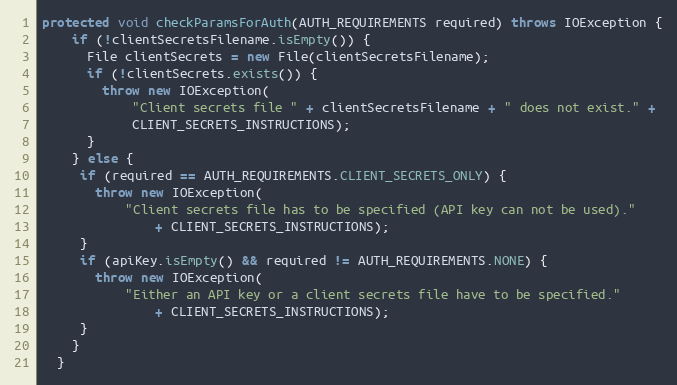
Language: Java
protected void checkParamsForAuth(AUTH_REQUIREMENTS required) throws IOException {
    if (!clientSecretsFilename.isEmpty()) {
      File clientSecrets = new File(clientSecretsFilename);
      if (!clientSecrets.exists()) {
        throw new IOException(
            "Client secrets file " + clientSecretsFilename + " does not exist." +
            CLIENT_SECRETS_INSTRUCTIONS);
      }
    } else {
     if (required == AUTH_REQUIREMENTS.CLIENT_SECRETS_ONLY) {
       throw new IOException(
           "Client secrets file has to be specified (API key can not be used)."
               + CLIENT_SECRETS_INSTRUCTIONS);
     }
     if (apiKey.isEmpty() && required != AUTH_REQUIREMENTS.NONE) {
       throw new IOException(
           "Either an API key or a client secrets file have to be specified."
               + CLIENT_SECRETS_INSTRUCTIONS);
     }
    }
  }